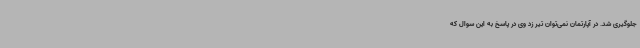
جلوگیری شد. در آپارتمان نمی‌توان تیر زد وی در پاسخ به این سوال که